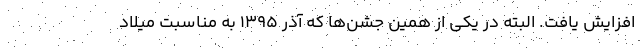
افزایش یافت. البته در یکی از همین جشن‌ها که آذر ۱۳۹۵ به مناسبت میلاد